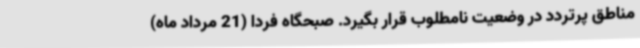
مناطق پرتردد در وضعیت نامطلوب قرار بگیرد. صبحگاه فردا (21 مرداد ماه)